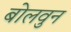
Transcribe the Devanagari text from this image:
बोलवुन